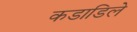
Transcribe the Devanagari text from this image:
कडाडिले